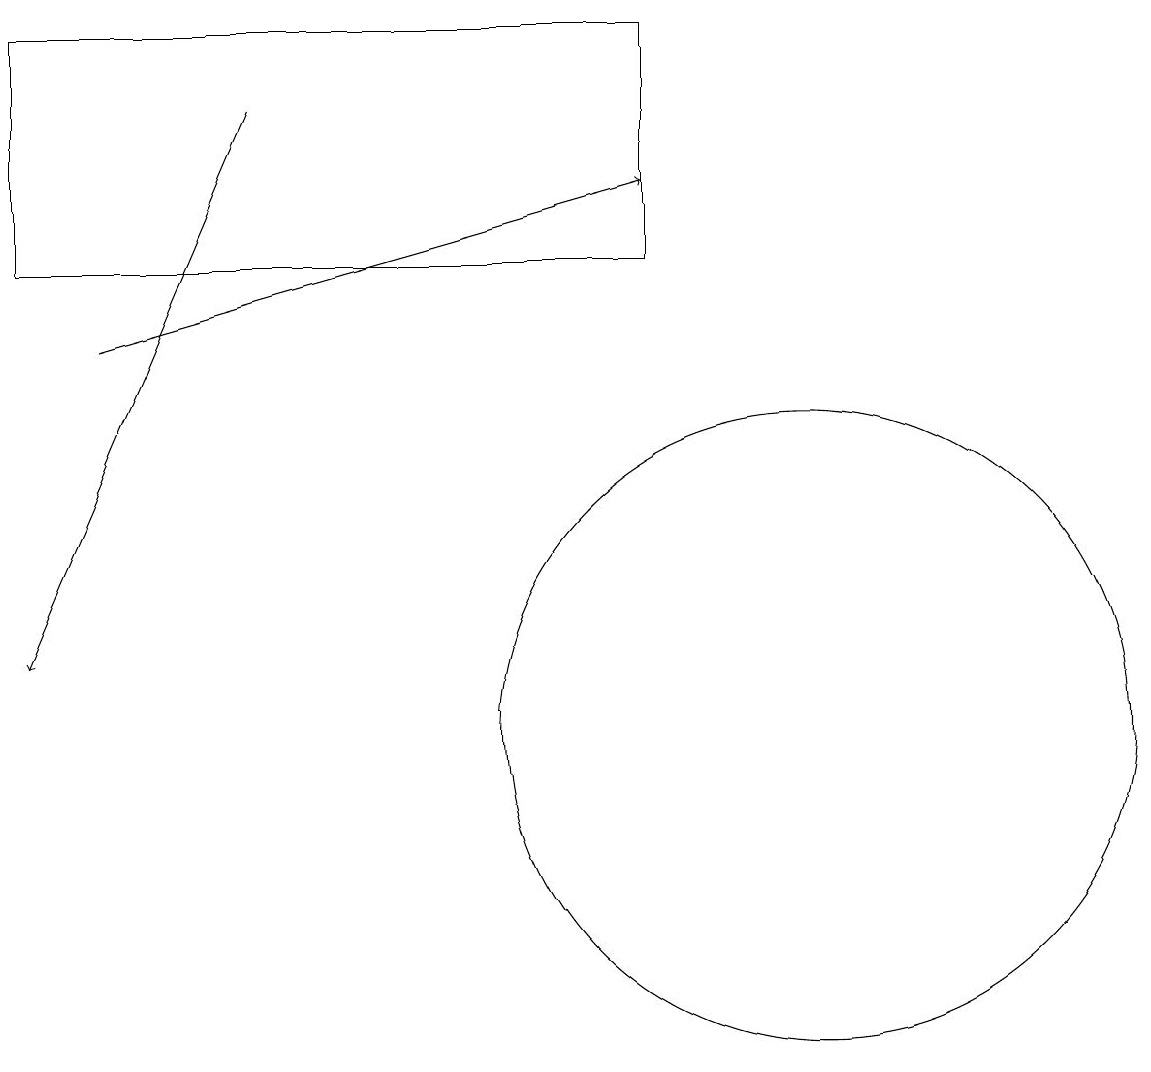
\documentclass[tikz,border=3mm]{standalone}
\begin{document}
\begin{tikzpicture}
\draw[->] (2,15) -- (9,17);
\draw (11,10) circle (4);
\draw (9,19) rectangle (1,16);
\draw[->] (4,18) -- (1,11);
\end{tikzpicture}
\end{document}